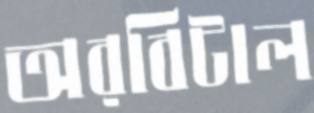
অরবিটাল